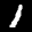
Label: 1